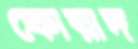
ফোয়াদ